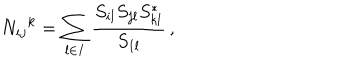
N _ { i j } { } ^ { k } = \sum _ { l \in I } \frac { S _ { i l } S _ { j l } S _ { k l } ^ { * } } { S _ { 1 l } } \, ,